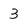
Character: 3